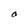
Character: O